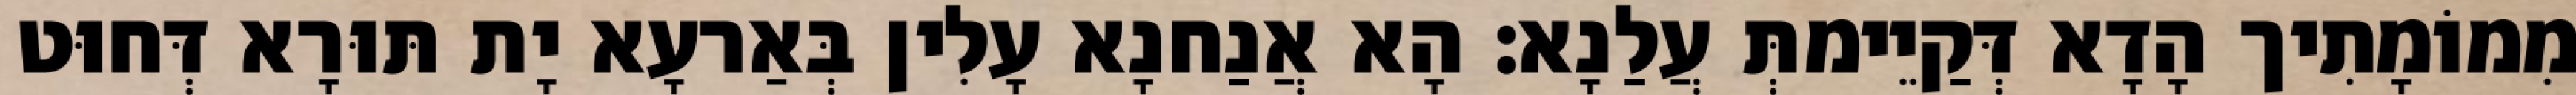
מִמוֹמָתִיך הָדָא דְּקַיֵימתְּ עֲלַנָא׃ הָא אֲנַחנָא עָלִין בְּאַרעָא יָת תּוּרָא דְּחוּט